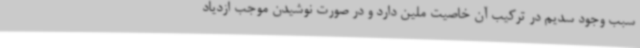
سبب وجود سدیم در ترکیب آن خاصیت ملین دارد و در صورت نوشیدن موجب ازدیاد